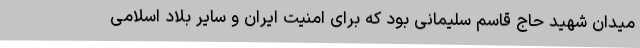
میدان شهید حاج قاسم سلیمانی بود که برای امنیت ایران و سایر بلاد اسلامی